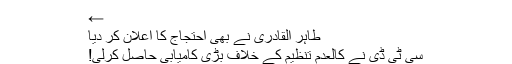
←
طاہر القادری نے بھی احتجاج کا اعلان کر دیا
سی ٹی ڈی نے کالعدم تنظیم کے خلاف بڑی کامیابی حاصل کرلی!